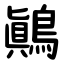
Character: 鷆